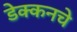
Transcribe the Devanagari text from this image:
डेक्कनचे